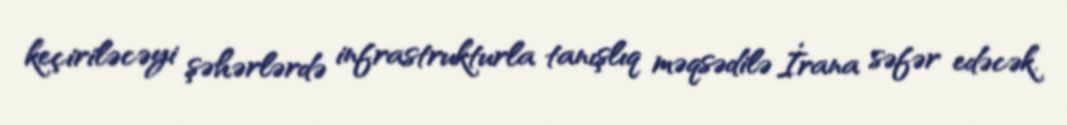
keçiriləcəyi şəhərlərdə infrastrukturla tanışlıq məqsədilə İrana səfər edəcək.